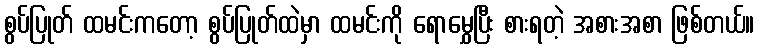
စွပ်ပြုတ် ထမင်းကတော့ စွပ်ပြုတ်ထဲမှာ ထမင်းကို ရောမွှေပြီး စားရတဲ့ အစားအစာ ဖြစ်တယ်။